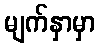
မျက်နှာမှာ